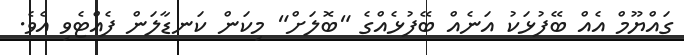
ގައްޔޫމް އެއް ބޭފުޅަކު އަނެއް ބޭފުޅެއްގެ "ބޮލަށް" މިކަން ކަނޑާލަން ފެއްޓެވި އެވެ.